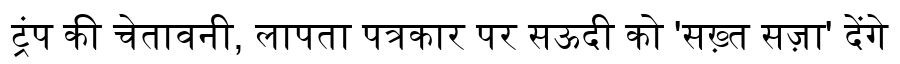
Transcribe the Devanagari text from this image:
ट्रंप की चेतावनी, लापता पत्रकार पर सऊदी को 'सख़्त सज़ा' देंगे